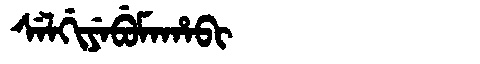
Manchu: ᠰᡝᠯᡤᡳᠶᡝᠪᡠᠮᠠᡥᠠᠪᡳ
Romanization: SELGIYEBUMAHABI